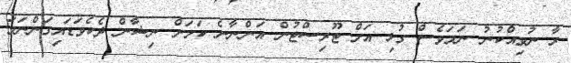
ރާ ނުވިއްކުނު ނަމަވެސް ގުޅި އަށް ޓޫރިސްޓުން އަންނާނެ ކަމަށް ނިޝާން ދެކެވަޑައިގަންނަވަ